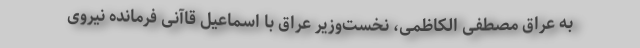
به عراق مصطفی الکاظمی، نخست‌وزیر عراق با اسماعیل قاآنی فرمانده نیروی